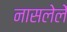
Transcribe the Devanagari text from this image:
नासलेलें